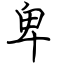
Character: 卑